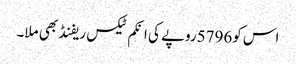
اس کو5796روپے کی انکم ٹیکس ریفنڈ بھی ملا۔